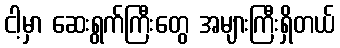
ငါ့မှာ ဆေးရွက်ကြီးတွေ အများကြီးရှိတယ်